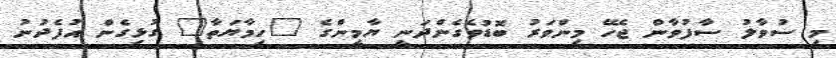
މި ސުވާލު ސާފުވާން ޖެހޭ މިންވަރު ބޮޑުވެގެންދަނީ ޔާމީންގެ "ހިމާޔަތާ" ގުޅިގެން އުފެދުނު